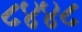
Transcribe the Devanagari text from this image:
८४४८